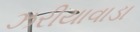
ઝરીયાવાડા